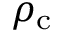
\rho _ { \mathrm { c } }